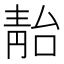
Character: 𩇚